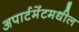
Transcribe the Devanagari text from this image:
अपार्टमेंटमधील